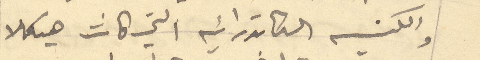
والكنيسه الكاتدرائية التي كانت هيكلا